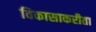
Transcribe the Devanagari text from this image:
विकासाकरीता